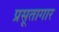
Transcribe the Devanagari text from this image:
प्रसूतागार